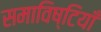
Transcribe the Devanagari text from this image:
समाविष्टियाँ